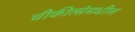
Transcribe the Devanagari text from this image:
चीकीत्सेमधील